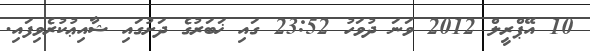
10 އޭޕްރީލް 2012 ވަނަ ދުވަހު 23:52 ގައި ޚަބަރުގެ ދަށުގައި ޝާއިޢުކުރެވިފައި.